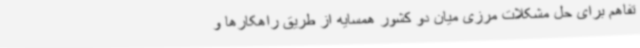
تفاهم برای حل مشکلات مرزی میان دو کشور همسایه از طریق راهکارها و